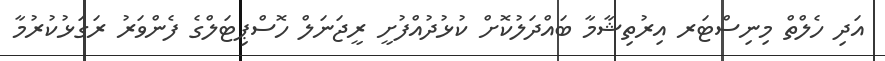
އަދި ހެލްތް މިނިސްޓަރ އިރުތިޝާމާ ބައްދަލުކޮށް ކުޅުދުއްފުށީ ރީޖަނަލް ހޮސްޕިޓަލްގެ ފެންވަރު ރަގަޅުކުރުމާ